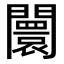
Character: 闤